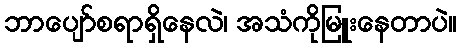
ဘာပျော်စရာရှိနေလဲ၊ အသံကိုမြူးနေတာပဲ။